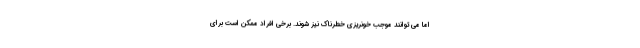
اما می توانند موجب خونریزی خطرناک نیز شوند. برخی افراد ممکن است برای